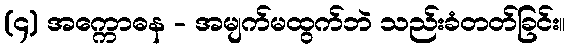
(၄) အက္ကောဓန - အမျက်မထွက်ဘဲ သည်းခံတတ်ခြင်း။